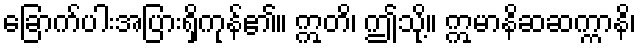
ခြောက်ပါးအပြားရှိကုန်၏။ ဣတိ၊ ဤသို့။ ဣမာနိဆဆက္ကာနိ၊